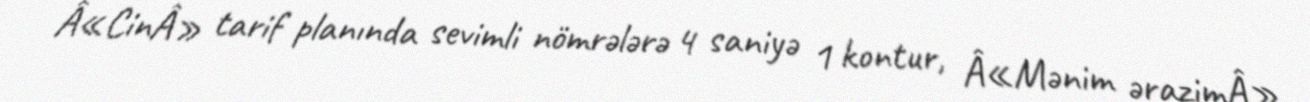
Â«CinÂ» tarif planında sevimli nömrələrə 4 saniyə 1 kontur, Â«Mənim ərazimÂ»